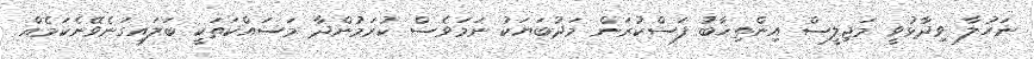
ނަހުލާ ވިދާޅުވީ މަޖިލީސް އިންތިޚާބު ފަސްކުރަން މަދުބަޔަކު ނަމަވެސް ކުރަމުންދާ މަސައްކަތަކީ ބަލައިގަނެވޭނެކަމެއް